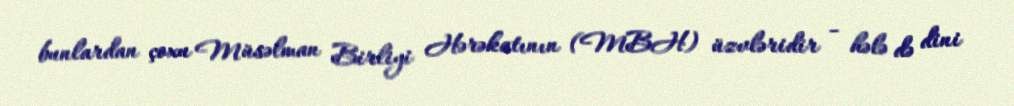
bunlardan çoxu Müsəlman Birliyi Hərəkatının (MBH) üzvləridir - hələ də dini